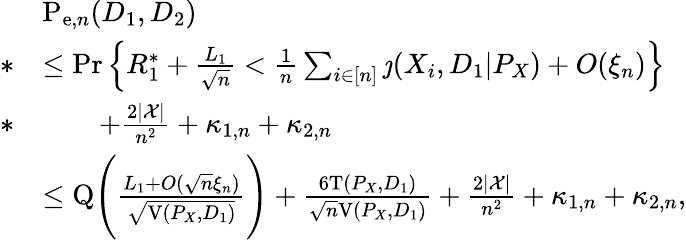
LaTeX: \begin{array}{rl}&{\mathrm{P}_{\mathrm{e},n}(D_{1},D_{2})}\\ {*}&{\leq\operatorname*{Pr}\Big\{ R_{1}^{*}+\frac{L_{1}}{\sqrt{n}}<\frac{1}{n}\sum_{i\in[n]}\jmath(X_{i},D_{1}|P_{X})+O(\xi_{n})\Big\} }\\ {*}&{\qquad+\frac{2|\mathcal{X}|}{n^{2}}+\kappa_{1,n}+\kappa_{2,n}}\\ &{\leq\mathrm{Q}\Bigg(\frac{L_{1}+O(\sqrt{n}\xi_{n})}{\sqrt{\mathrm{V}(P_{X},D_{1})}}\Bigg)+\frac{6\mathrm{T}(P_{X},D_{1})}{\sqrt{n}\mathrm{V}(P_{X},D_{1})}+\frac{2|\mathcal{X}|}{n^{2}}+\kappa_{1,n}+\kappa_{2,n},}\end{array}